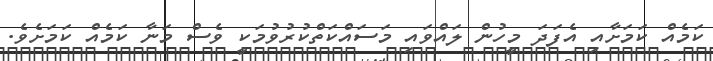
ކަމެއް ކަމަށާއި އެފަދަ މީހުން ލައްވައި މަސައްކަތްކުރުވުމަކީ ވެސް މަނާ ކަމެއް ކަމަށެވެ.